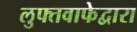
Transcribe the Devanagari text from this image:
लुफ्तवाफेद्वारा